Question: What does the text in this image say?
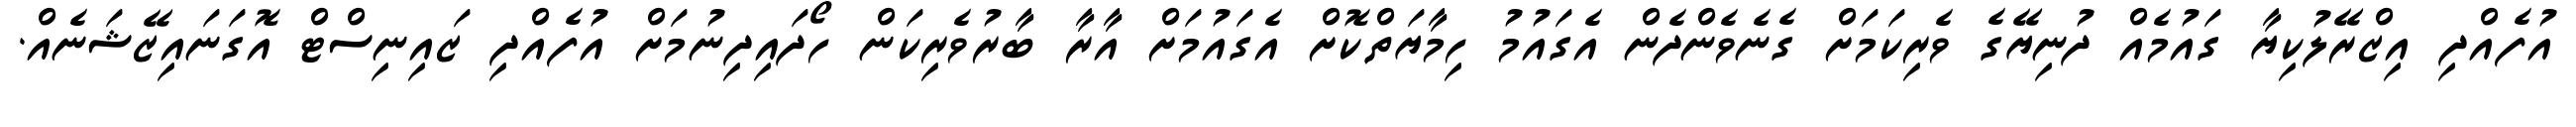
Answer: އުފެއްދި އިޒްރޭލުކިޔާ ގައުމެއް ދުނިޔޭގެ ވެރިކަމަށް ގެނެވެންދެން އެގައުމު ހިމާޔަތްކޮށް އެގައުމަށް އާރާ ބާރުވެރިކަން ހޯދައިދިނުމަށް އުފެއްދި ޒައިނިސްޓް އޮގަނައިޒޭޝަނެއް.